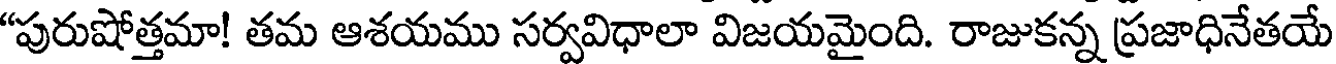
"పురుషోత్తమా! తమ ఆశయము సర్వవిధాలా విజయమైంది. రాజుకన్న ప్రజాధినేతయే